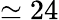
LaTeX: \simeq 24